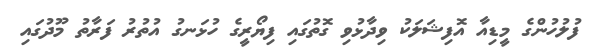
ފުލުހުންގެ މީޑިއާ އޮފިޝަލަކު ވިދާޅުވި ގޮތުގައި ފިޔޯރީގެ ހުޅަނގު އުތުރު ފަރާތު މޫދުގައި